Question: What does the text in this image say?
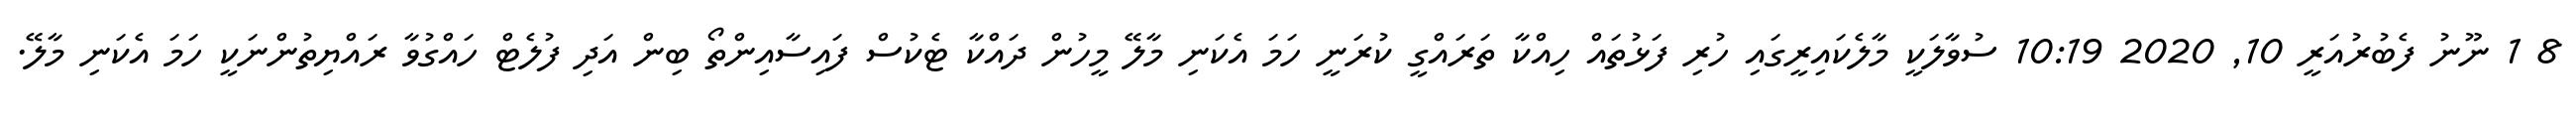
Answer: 8 1 ނޫނު ފެބުރުއަރީ 10, 2020 10:19 ސުވާލަކީ މާލެކައިރީގައި ހުރި ފަޅުތައް ހިއްކާ ތަރައްގީ ކުރަނީ ހަމަ އެކަނި މާލޭ މީހުން ދައްކާ ޓެކުސް ފައިސާއިންތޯ ބިން އަދި ފުލެޓް ހައްގުވާ ރައްޔިތުންނަކީ ހަމަ އެކަނި މާލޭ.